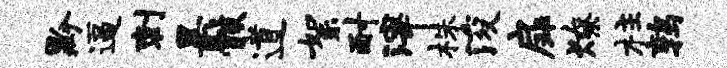
黔逼刺黑骸道絮耐滓株浚扉燎柱鹑